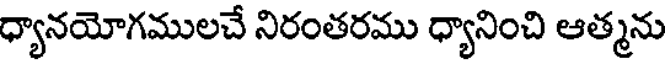
ధ్యానయోగములచే నిరంతరము ధ్యానించి ఆత్మను